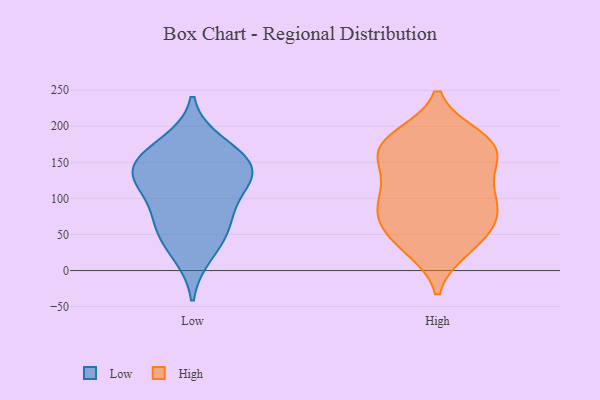
{"axis": {"x": "Shipments", "y": "Value"}, "legend": ["High", "Low"], "data": [{"x": "", "y": 162, "type": "Low"}, {"x": "", "y": 113, "type": "Low"}, {"x": "", "y": 52, "type": "Low"}, {"x": "", "y": 138, "type": "Low"}, {"x": "", "y": 80, "type": "Low"}, {"x": "", "y": 142, "type": "Low"}, {"x": "", "y": 23, "type": "Low"}, {"x": "", "y": 176, "type": "Low"}, {"x": "", "y": 141, "type": "Low"}, {"x": "", "y": 63, "type": "Low"}, {"x": "", "y": 125, "type": "Low"}, {"x": "", "y": 68, "type": "High"}, {"x": "", "y": 33, "type": "High"}, {"x": "", "y": 104, "type": "High"}, {"x": "", "y": 68, "type": "High"}, {"x": "", "y": 182, "type": "High"}, {"x": "", "y": 176, "type": "High"}, {"x": "", "y": 164, "type": "High"}, {"x": "", "y": 41, "type": "High"}, {"x": "", "y": 86, "type": "High"}, {"x": "", "y": 68, "type": "High"}, {"x": "", "y": 171, "type": "High"}, {"x": "", "y": 88, "type": "High"}, {"x": "", "y": 103, "type": "High"}, {"x": "", "y": 174, "type": "High"}, {"x": "", "y": 185, "type": "High"}, {"x": "", "y": 149, "type": "High"}, {"x": "", "y": 124, "type": "High"}, {"x": "", "y": 30, "type": "High"}, {"x": "", "y": 138, "type": "High"}]}